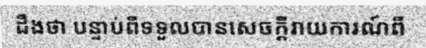
ដឹងថា បន្ទាប់ពីទទួលបានសេចក្តីរាយការណ៍ពី